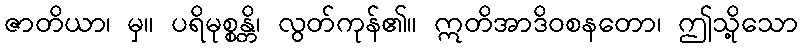
ဇာတိယာ၊ မှ။ ပရိမုစ္စန္တိ၊ လွတ်ကုန်၏။ ဣတိအာဒိဝစနတော၊ ဤသို့သော